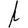
Digit: 1